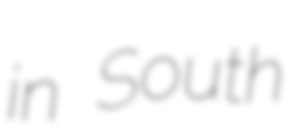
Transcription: in South